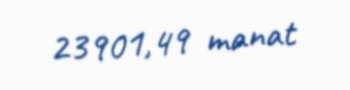
23901,49 manat